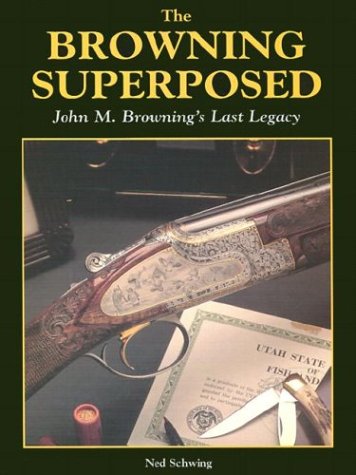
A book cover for Browning Superposed: John M. Browning's Last Legacy; Ned Schwing; Crafts, Hobbies & Home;